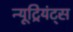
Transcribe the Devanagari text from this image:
न्यूट्रियंट्स